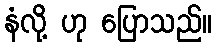
နံလို့ ဟု ပြောသည်။